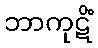
ဘာကုဋိံ